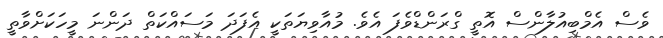
ވެސް އެމްބިއުލާންސް އޮތީ ގްރަންޑްވެފަ އެވެ. މުއާވިޔަތަކީ އެފަދަ މަސައްކަތް ދަންނަ މީހަކަށްވާތީ